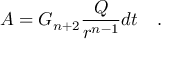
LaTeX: A = G _ { n + 2 } \frac { Q } { r ^ { n - 1 } } d t \quad .